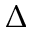
\Delta